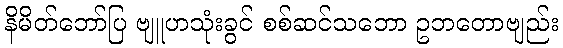
နိမိတ်ဘော်ပြ ဗျူဟသုံးခွင် စစ်ဆင်သဘော ဥဘတောဗျည်း